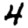
Digit: 4